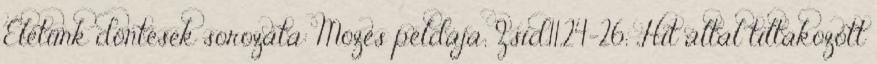
Életünk döntések sorozata: Mózes példája; Zsid.11,24-26; „Hit által tiltakozott